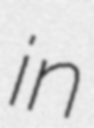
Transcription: in